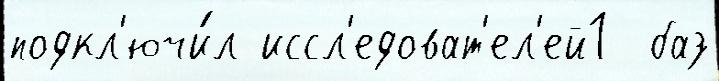
подкл'ючи́л иссл'едоват'ел'ей1  баз